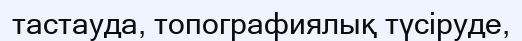
тастауда, топографиялық түсіруде,